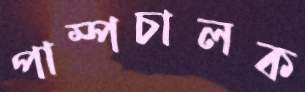
পাম্পচালক